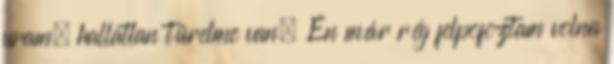
uram, hallatlan türelme van. Én már rég felpofoztam volna